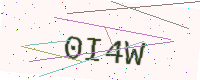
Text: 0I4W